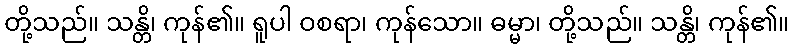
တို့သည်။ သန္တိ၊ ကုန်၏။ ရူပါ ဝစရာ၊ ကုန်သော။ ဓမ္မာ၊ တို့သည်။ သန္တိ၊ ကုန်၏။